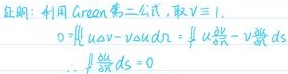
证明：利用 Green 公式，取 $\vec{V}=1$.
\[
0=\iint_{\Omega} u \Delta v - v \Delta u \mathrm{d} \sigma=\oint_{\partial \Omega} u \frac{\partial v}{\partial n}-v \frac{\partial u}{\partial n} \mathrm{d} s
\]
\[
\therefore \oint_{\partial \Omega} \frac{\partial u}{\partial n} \mathrm{d} s = 0
\]